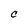
Character: C